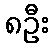
၈ဦး